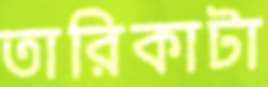
তারিকাটা